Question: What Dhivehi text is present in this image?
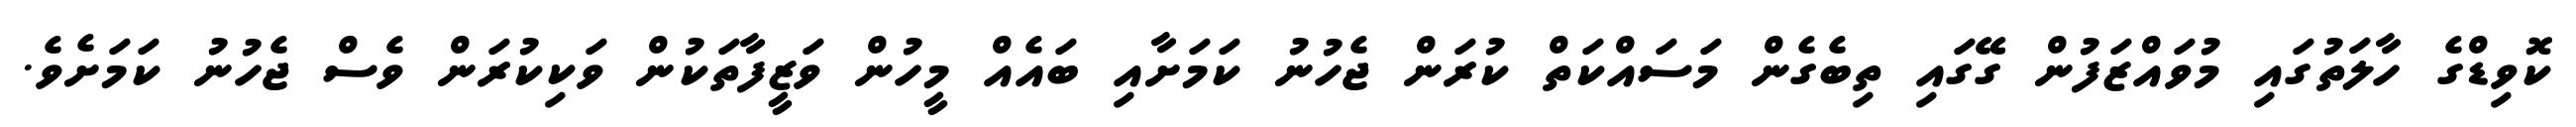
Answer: ކޮވިޑްގެ ހާލަތުގައި މުވައްޒަފުން ގޭގައި ތިބެގެން މަސައްކަތް ކުރަން ޖެހުނު ކަމަށާއި ބައެއް މީހުން ވަޒީފާތަކުން ވަކިކުރަން ވެސް ޖެހުނު ކަމަށެވެ.